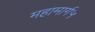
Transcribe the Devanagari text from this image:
महामार्ग५